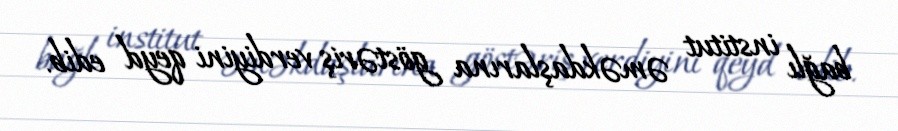
bağlı institut əməkdaşlarına göstəriş verdiyini qeyd edib.